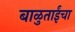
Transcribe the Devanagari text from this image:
बाळुताईंचा